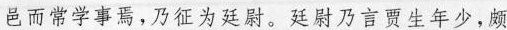
邑而常学事焉，乃征为廷尉。廷尉乃言贾生年少，颇